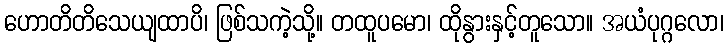
ဟောတိတိသေယျထာပိ၊ ဖြစ်သကဲ့သို့။ တထူပမော၊ ထိုနွားနှင့်တူသော။ အယံပုဂ္ဂလော၊